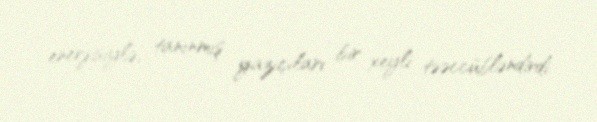
enerjisiylə, tanınmış yazıçıları bir xeyli təəccübləndirdi.